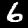
Digit: 6